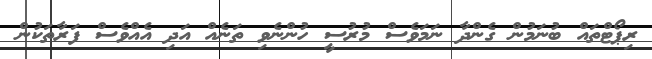
ރިޕޯޓްތައް ބުނަމުން ގެންދާ ނަމަވެސް މުރުސީ ހުންނެވި ތަނެއް އަދި އެއްވެސް ފަރާތަކުން